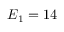
E _ { 1 } = 1 4